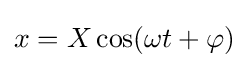
x=X\cos(\omega t+\varphi )